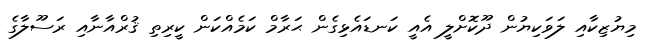
މިޔުޒިކާއި ލަވަކިޔުން ދޫކޮށްލީ އެއީ ކަނޑައެޅިގެން ޙަރާމް ކަމެއްކަން ކީރިތި ޤުރްއާނާއި ރަސޫލާގެ